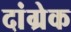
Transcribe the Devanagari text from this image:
दांग्रेक